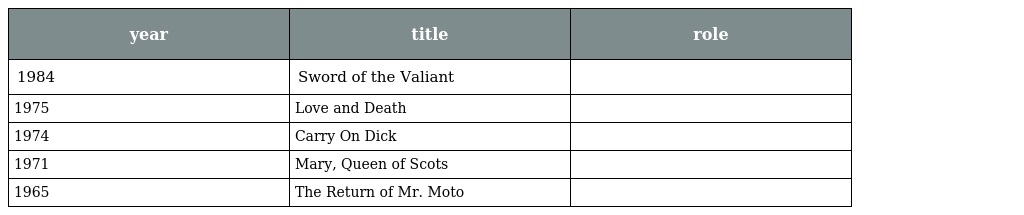
| year | title | role |
 | --- | --- | --- |
 | 1984 | Sword of the Valiant |  |
 | 1975 | Love and Death |  |
 | 1974 | Carry On Dick |  |
 | 1971 | Mary, Queen of Scots |  |
 | 1965 | The Return of Mr. Moto |  |